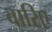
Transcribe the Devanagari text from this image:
वारिए